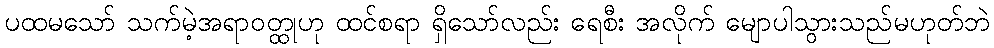
ပထမသော် သက်မဲ့အရာဝတ္ထုဟု ထင်စရာ ရှိသော်လည်း ရေစီး အလိုက် မျောပါသွားသည်မဟုတ်ဘဲ